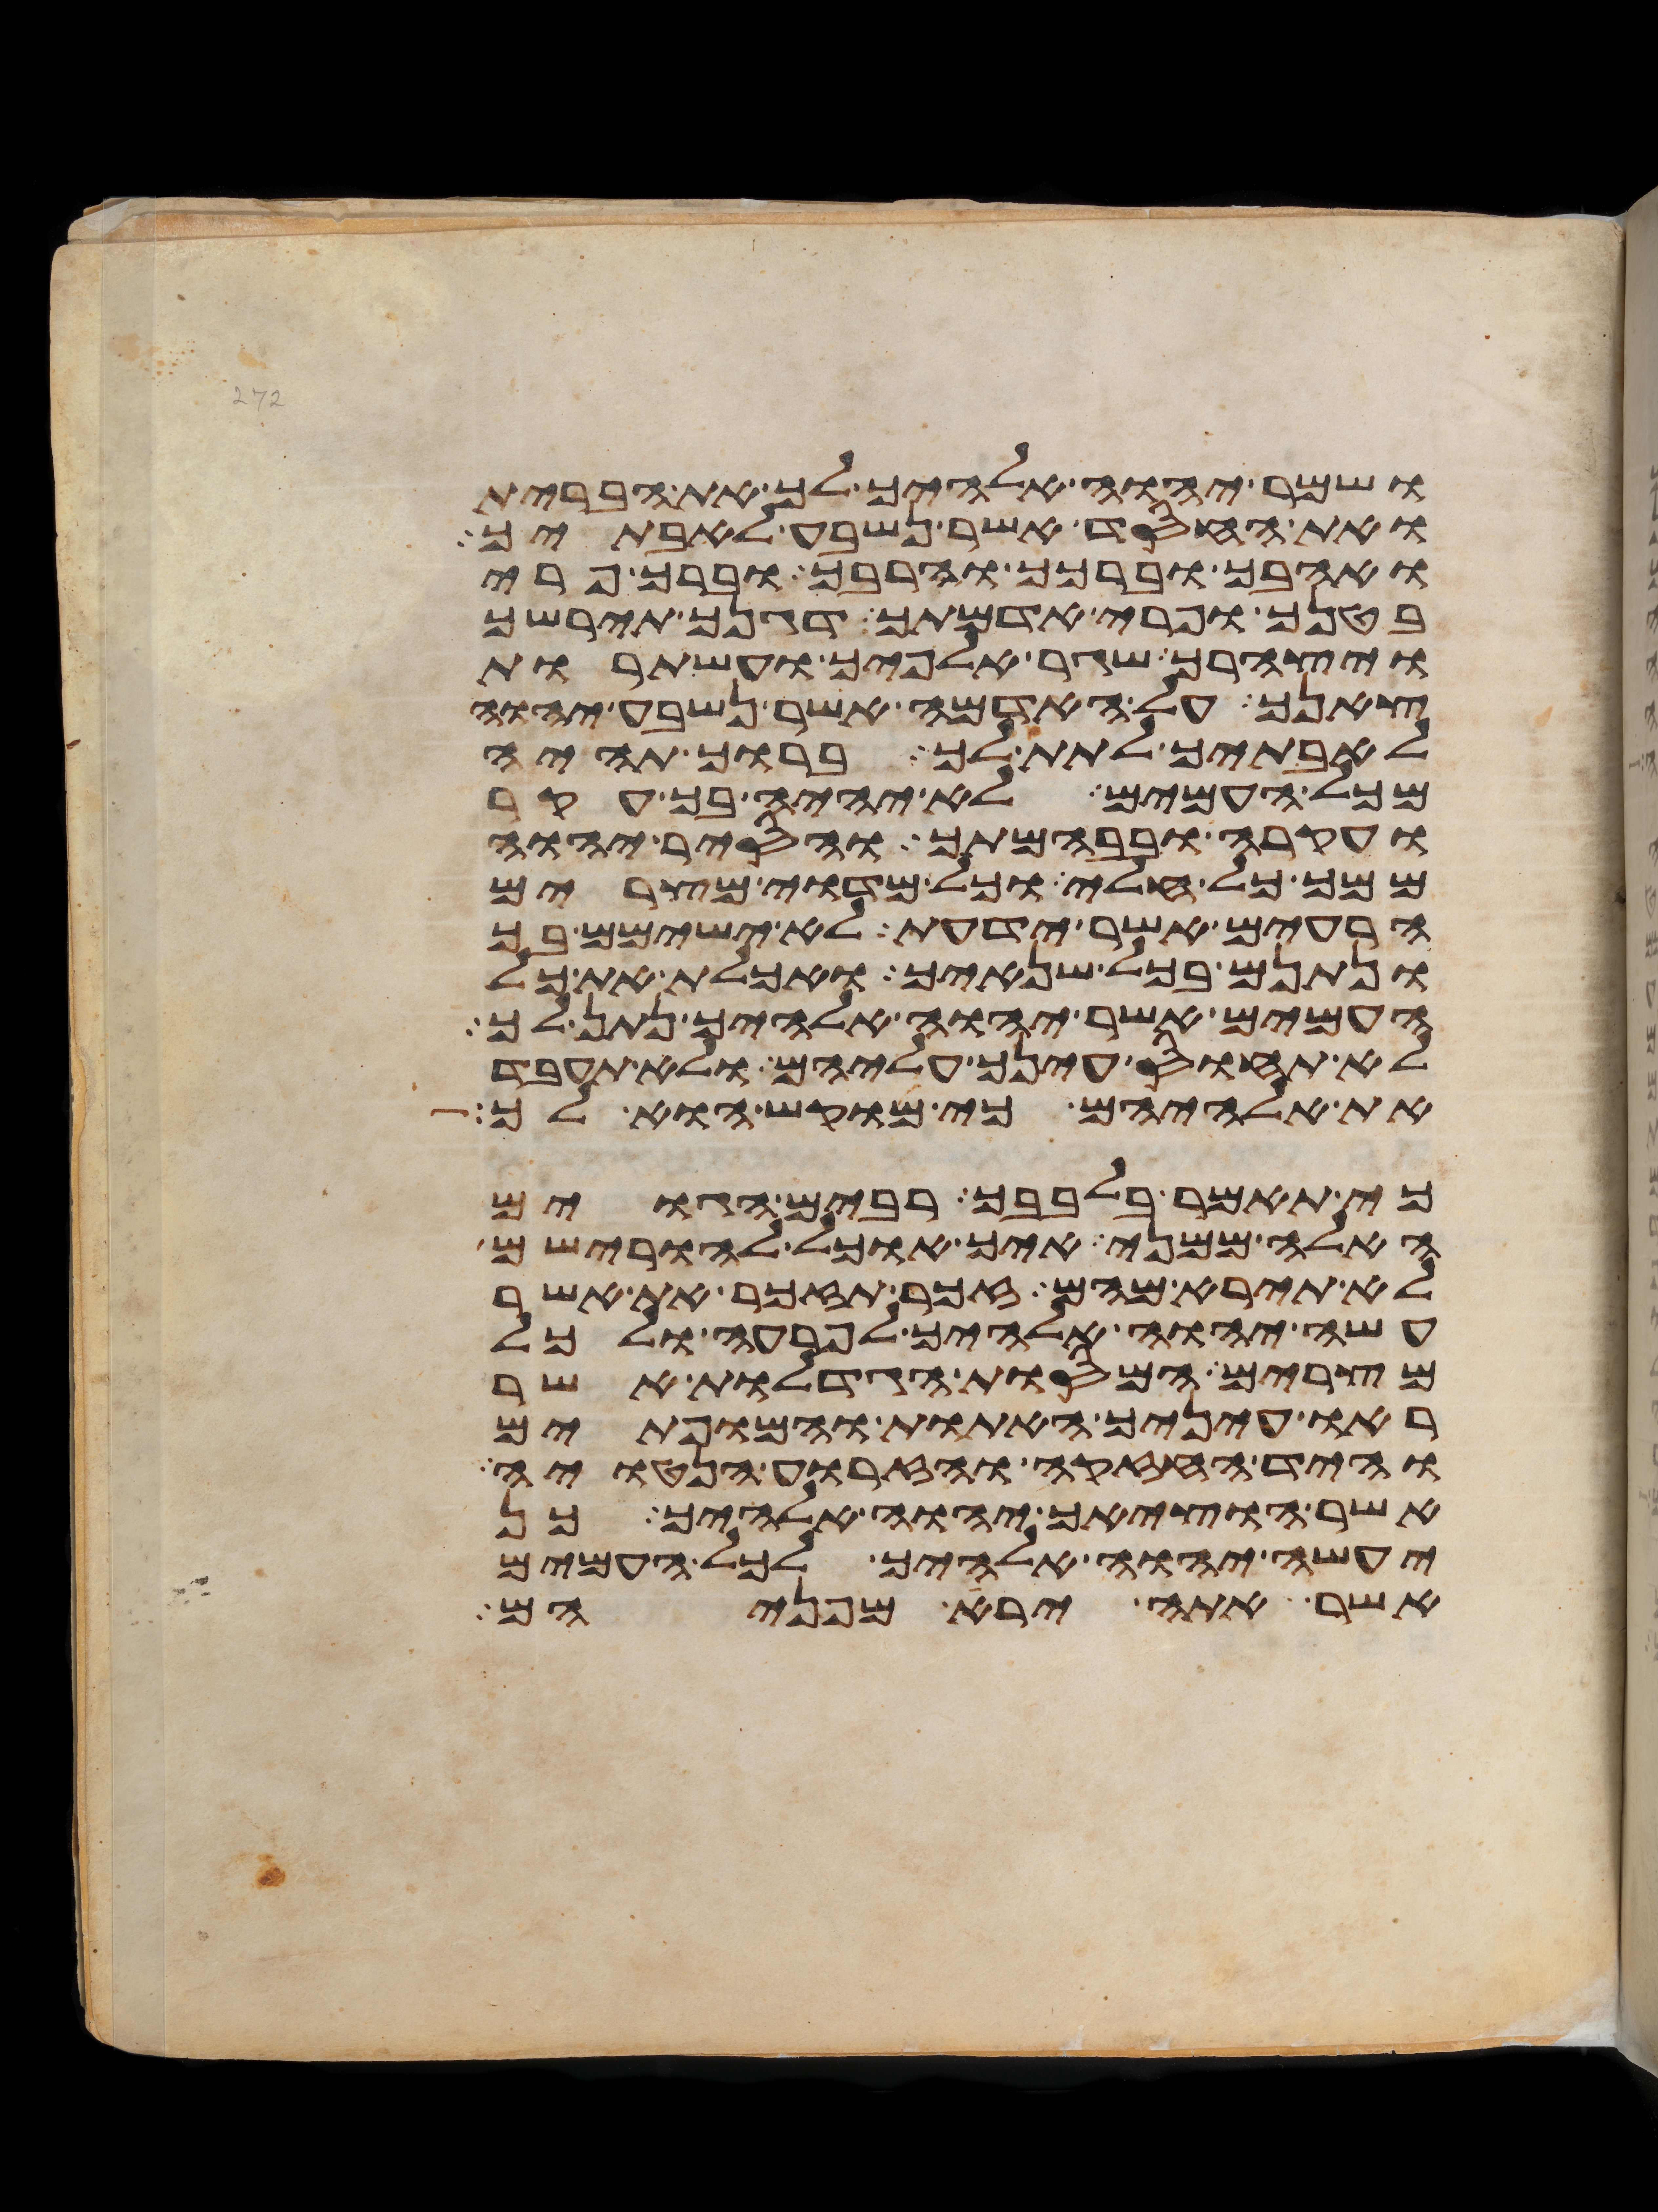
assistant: ושמר יהוה אלהיך לך את הברית
ואת החסד אשר נשבע לאבתיך
ואהבך וברכך והרבך וברך פרי
בטנך ופרי אדמתך דגנך תירשך
ויצהרך שגר אלפיך ועשתרות
צאנך על האדמה אשר נשבע יהוה
לאבתיך לתת לך ברוך תהיה
מכל העמים לא יהיה בך עקר
ועקרה ובבהמתך והסיר יהוה
ממך כל חלי וכל מדוי מצרים
הרעים אשר ידעת לא ישימם בך
ונתנם בכל שנאיך ואכלת את כל
העמים אשר יהוה אלהיך נתן לך
לא תחוס עינך עליהם ולא תעבד
את אלהיהם כי מוקש הוא לך
כי תאמר בלבבך רבים הגוים
האלה ממני איך אוכל להורישם
לא תירא מהם זכר תזכר את אשר
עשה יהוה אלהיך לפרעה ולכל
מצרים המסות הגדלות אשר
ראו עיניך האתות והמופתים
והיד החזקה והזרוע הנטויה
אשר הוציאך יהוה אלהיך כן
יעשה יהוה אלהיך לכל העמים
אשר אתה ירא מפניהם